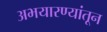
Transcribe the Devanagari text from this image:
अभयारण्यांतून